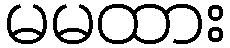
မမထား